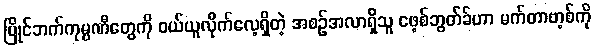
ပြိုင်ဘက်ကုမ္ပဏီတွေကို ဝယ်ယူလိုက်လေ့ရှိတဲ့ အစဉ်အလာရှိသူ ဖေ့စ်ဘွတ်ခ်ဟာ မက်တာဗာ့စ်ကို